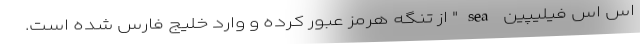
اس اس فیلیپین sea" از تنگه هرمز عبور کرده و وارد خلیج فارس شده است.